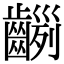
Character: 𪙂